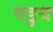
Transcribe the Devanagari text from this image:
वडुथ